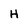
Character: H